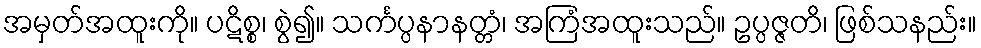
အမှတ်အထူးကို။ ပဋိစ္စ၊ စွဲ၍။ သင်္ကပ္ပနာနတ္တံ၊ အကြံအထူးသည်။ ဥပ္ပဇ္ဇတိ၊ ဖြစ်သနည်း။